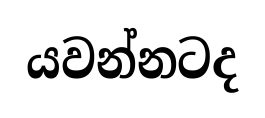
යවන්නටද